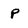
Character: p